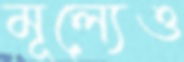
মূল্যেও